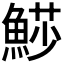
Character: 𩸌